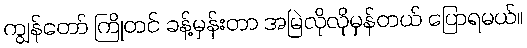
ကျွန်တော် ကြိုတင် ခန့်မှန်းတာ အမြဲလိုလိုမှန်တယ် ပြောရမယ်။